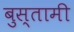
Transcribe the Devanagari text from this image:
बुस्तामी